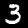
Label: 3